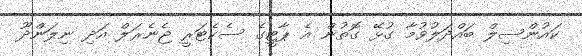
ކައުންސިލް ބައްދަލުވުމާ ގުޅޭ ގޮތުން އެ ޕާޓީގެ ސެކެޓަރީ ޖެނެރަލް އަދި ނިލަންދޫ